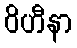
ဝိဟီနာ